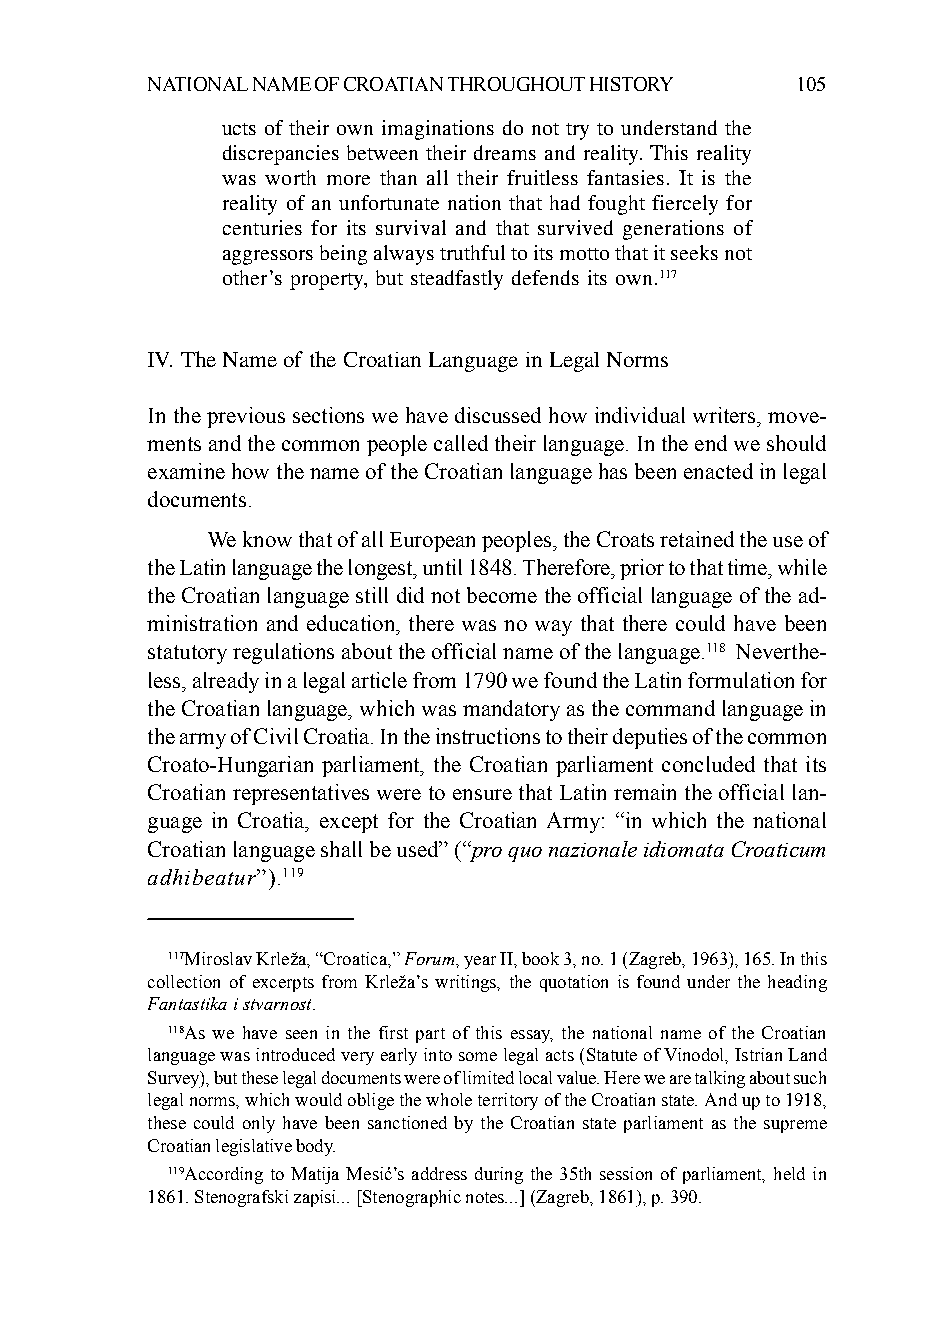
NATIONAL NAME OF CROATIAN THROUGHOUT HISTORY 105
 ucts of their own imaginations do not try to understand the
 discrepancies between their dreams and reality. This reality
 was worth more than all their fruitless fantasies. It is the
 reality of an unfortunate nation that had fought fiercely for
 centuries for its survival and that survived generations of
 aggressors being always truthful to its motto that it seeks not
 other’s property, but steadfastly defends its own.117
 IV. The Name of the Croatian Language in Legal Norms
 In the previous sections we have discussed how individual writers, move-
 ments and the common people called their language. In the end we should
 examine how the name of the Croatian language has been enacted in legal
 documents.
 We know that of all European peoples, the Croats retained the use of
 the Latin language the longest, until 1848. Therefore, prior to that time, while
 the Croatian language still did not become the official language of the ad-
 ministration and education, there was no way that there could have been
 statutory regulations about the official name of the language.118 Neverthe-
 less, already in a legal article from 1790 we found the Latin formulation for
 the Croatian language, which was mandatory as the command language in
 the army of Civil Croatia. In the instructions to their deputies of the common
 Croato-Hungarian parliament, the Croatian parliament concluded that its
 Croatian representatives were to ensure that Latin remain the official lan-
 guage in Croatia, except for the Croatian Army: “in which the national
 Croatian language shall be used” (“pro quo nazionale idiomata Croaticum
 adhibeatur”).119
 117Miroslav Krleža, “Croatica,” Forum, year II, book 3, no. 1 (Zagreb, 1963), 165. In this
 collection of excerpts from Krleža’s writings, the quotation is found under the heading
 Fantastika i stvarnost.
 118As we have seen in the first part of this essay, the national name of the Croatian
 language was introduced very early into some legal acts (Statute of Vinodol, Istrian Land
 Survey), but these legal documents were of limited local value. Here we are talking about such
 legal norms, which would oblige the whole territory of the Croatian state. And up to 1918,
 these could only have been sanctioned by the Croatian state parliament as the supreme
 Croatian legislative body.
 119According to Matija Mesić’s address during the 35th session of parliament, held in
 1861. Stenografski zapisi... [Stenographic notes...] (Zagreb, 1861), p. 390.